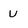
Character: U